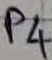
Text: P4